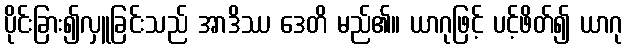
ပိုင်းခြား၍လှူခြင်းသည် အာဒိဿ ဒေတိ မည်၏။ ယာဂုဖြင့် ပင့်ဖိတ်၍ ယာဂု